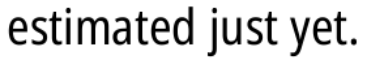
estimated just yet.